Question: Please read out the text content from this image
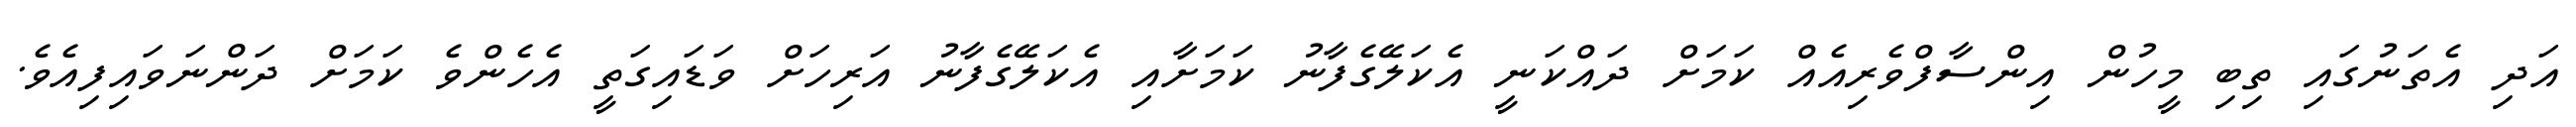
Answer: އަދި އެތަނުގައި ތިބި މީހުން އިންސާފްވެރިއެއް ކަމަށް ދައްކަނީ އެކަލޭގެފާނު ކަމަށާއި އެކަލޭގެފާނު އަރިހަށް ވަޑައިގަތީ އެހެންވެ ކަމަށް ދަންނަވައިފިއެވެ.